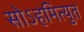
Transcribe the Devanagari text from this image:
सोऽहमित्युत